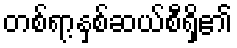
တစ်ရာ့နှစ်ဆယ်စီရှိ၏